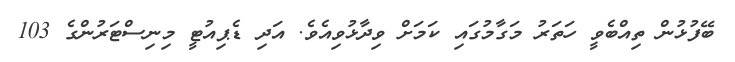
ބޭޭފުޅުން ތިއްބެވީ ހަތަރު މަގާމުގައި ކަމަށް ވިދާާޅުވިއެވެ. އަދި ޑެޕިއުޓީ މިނިސްޓަރުންގެ 103